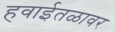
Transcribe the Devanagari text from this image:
हवाईतळावर